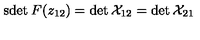
\mathrm { s d e t } \: F ( z _ { 1 2 } ) = \det { \cal X } _ { 1 2 } = \det { \cal X } _ { 2 1 }